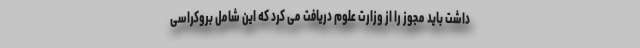
داشت باید مجوز را از وزارت علوم دریافت می کرد که این شامل بروکراسی